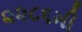
૨૨૮૬મી